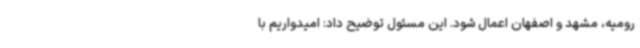
رومیه، مشهد و اصفهان اعمال شود. این مسئول توضیح داد: امیدواریم با